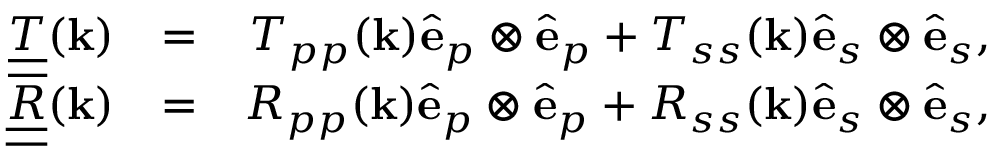
\begin{array} { r l r } { \underline { { \underline { { T } } } } ( { \bf k } ) } & { = } & { T _ { p p } ( { \bf k } ) { \hat { \bf e } } _ { p } \otimes { \hat { \bf e } } _ { p } + T _ { s s } ( { \bf k } ) { \hat { \bf e } } _ { s } \otimes { \hat { \bf e } } _ { s } , } \\ { \underline { { \underline { { R } } } } ( { \bf k } ) } & { = } & { R _ { p p } ( { \bf k } ) { \hat { \bf e } } _ { p } \otimes { \hat { \bf e } } _ { p } + R _ { s s } ( { \bf k } ) { \hat { \bf e } } _ { s } \otimes { \hat { \bf e } } _ { s } , } \end{array}